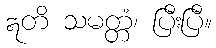
ဣတိ သမတ္တံ၊ ပြီးပြီ။